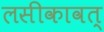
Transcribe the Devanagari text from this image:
लसीकावत्